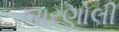
બારણોલી